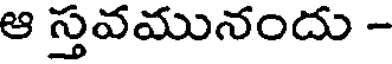
ఆ స్తవమునందు -